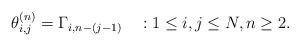
LaTeX: \begin{align*}\theta^{(n)}_{i,j}=\Gamma_{i,n-(j-1)} ~~~ : 1 \le i,j \le N, n \ge 2.\end{align*}